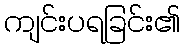
ကျင်းပရခြင်း၏